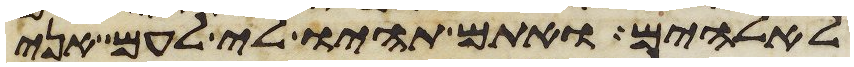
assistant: לאלהים ואתם תהיו לי לעם אני